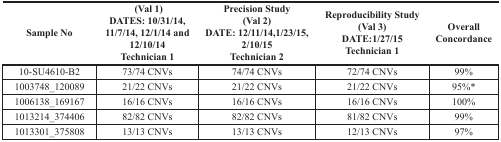
<table><thead><tr><td><b>Sample No</b></td><td><b>(Val 1) DATES: 10/31/14, 11/7/14, 12/1/14 and 12/10/14 Technician 1</b></td><td><b>Precision Study (Val 2) DATE: 12/11/14,1/23/15, 2/10/15 Technician 2</b></td><td><b>Reproducibility Study (Val 3) DATE:1/27/15 Technician 1</b></td><td><b>Overall Concordance</b></td></tr></thead><tbody><tr><td>10-SU4610-B2</td><td>73/74 CNVs</td><td>74/74 CNVs</td><td>72/74 CNVs</td><td>99%</td></tr><tr><td>1003748_120089</td><td>21/22 CNVs</td><td>21/22 CNVs</td><td>21/22 CNVs</td><td>95%<sup>*</sup></td></tr><tr><td>1006138_169167</td><td>16/16 CNVs</td><td>16/16 CNVs</td><td>16/16 CNVs</td><td>100%</td></tr><tr><td>1013214_374406</td><td>82/82 CNVs</td><td>82/82 CNVs</td><td>81/82 CNVs</td><td>99%</td></tr><tr><td>1013301_375808</td><td>13/13 CNVs</td><td>13/13 CNVs</td><td>12/13 CNVs</td><td>97%</td></tr></tbody></table>